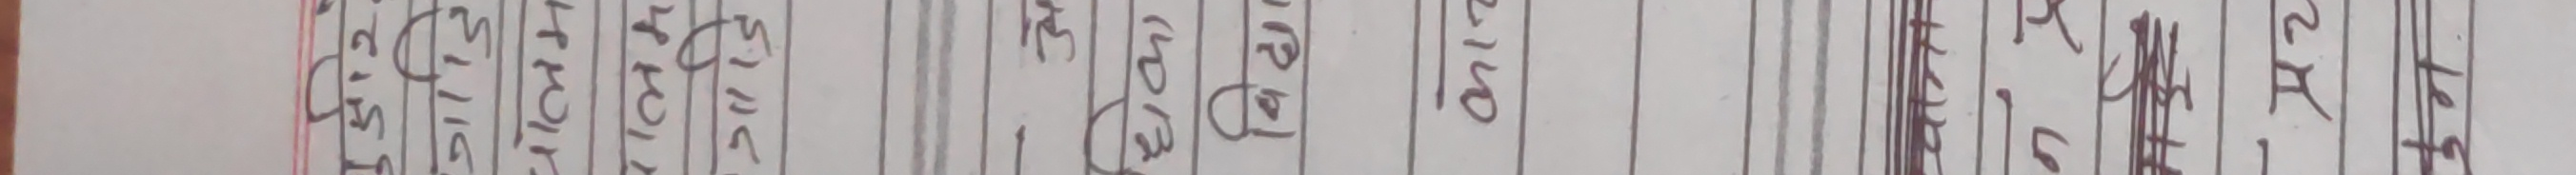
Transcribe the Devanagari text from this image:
दिएका नीति सिदधन्तहरु